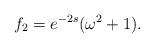
LaTeX: \begin{align*}f_2 = e^{-2s}(\omega^2+1).\end{align*}